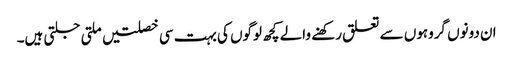
ان دونوں گروہوں سے تعلق رکھنے والے کچھ لوگوں کی بہت سی خصلتیں ملتی جلتی ہیں۔